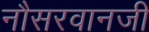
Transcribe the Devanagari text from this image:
नौसरवानजी